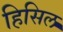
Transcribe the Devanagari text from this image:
हिसिल